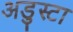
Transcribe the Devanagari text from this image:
अडुस्टा